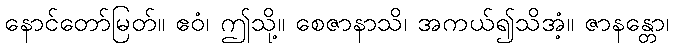
နောင်တော်မြတ်။ ဧဝံ၊ ဤသို့။ စေဇာနာသိ၊ အကယ်၍သိအံ့။ ဇာနန္တော၊